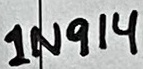
Text: 1N914